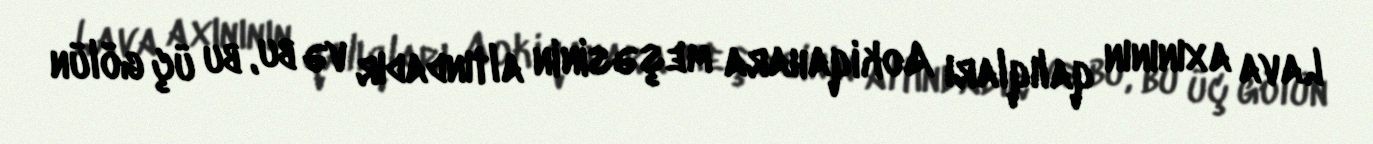
Lava axınının qalıqları Aokiqahara meşəsinin altındadır və bu, bu üç gölün